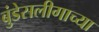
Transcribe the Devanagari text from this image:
बुंडेसलीगाच्या